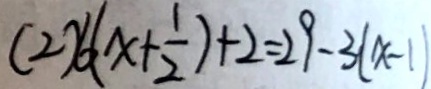
( 2 ) 6 ( x + \frac { 1 } { 2 } ) + 2 = 2 9 - 3 ( x - 1 )